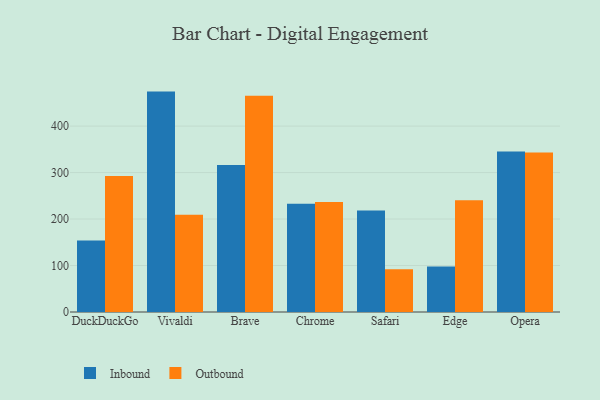
{"axis": {"x": "Browser", "y": "Revenue (USD Million)"}, "legend": ["Inbound", "Outbound"], "data": [{"x": "DuckDuckGo", "y": 153.8, "type": "Inbound"}, {"x": "DuckDuckGo", "y": 292.4, "type": "Outbound"}, {"x": "Vivaldi", "y": 474.2, "type": "Inbound"}, {"x": "Vivaldi", "y": 209.2, "type": "Outbound"}, {"x": "Brave", "y": 316.4, "type": "Inbound"}, {"x": "Brave", "y": 465.5, "type": "Outbound"}, {"x": "Chrome", "y": 233.0, "type": "Inbound"}, {"x": "Chrome", "y": 236.8, "type": "Outbound"}, {"x": "Safari", "y": 218.6, "type": "Inbound"}, {"x": "Safari", "y": 92.1, "type": "Outbound"}, {"x": "Edge", "y": 97.7, "type": "Inbound"}, {"x": "Edge", "y": 240.7, "type": "Outbound"}, {"x": "Opera", "y": 345.3, "type": "Inbound"}, {"x": "Opera", "y": 343.3, "type": "Outbound"}]}